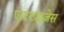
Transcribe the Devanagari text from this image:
एन्टरप्रइजेस